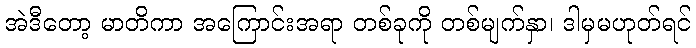
အဲဒီတော့ မာတိကာ အကြောင်းအရာ တစ်ခုကို တစ်မျက်နှာ၊ ဒါမှမဟုတ်ရင်